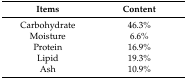
<table><thead><tr><td><b>Items</b></td><td><b>Content</b></td></tr></thead><tbody><tr><td>Carbohydrate</td><td>46.3%</td></tr><tr><td>Moisture</td><td>6.6%</td></tr><tr><td>Protein</td><td>16.9%</td></tr><tr><td>Lipid</td><td>19.3%</td></tr><tr><td>Ash</td><td>10.9%</td></tr></tbody></table>